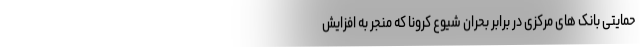
حمایتی بانک های مرکزی در برابر بحران شیوع کرونا که منجر به افزایش